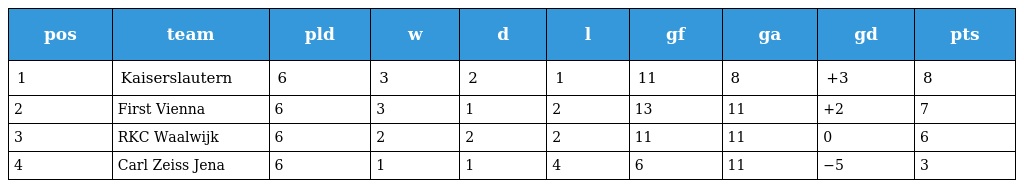
| pos | team | pld | w | d | l | gf | ga | gd | pts |
 | --- | --- | --- | --- | --- | --- | --- | --- | --- | --- |
 | 1 | Kaiserslautern | 6 | 3 | 2 | 1 | 11 | 8 | +3 | 8 |
 | 2 | First Vienna | 6 | 3 | 1 | 2 | 13 | 11 | +2 | 7 |
 | 3 | RKC Waalwijk | 6 | 2 | 2 | 2 | 11 | 11 | 0 | 6 |
 | 4 | Carl Zeiss Jena | 6 | 1 | 1 | 4 | 6 | 11 | −5 | 3 |